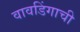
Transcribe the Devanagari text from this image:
वावडिंगाची